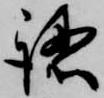
認